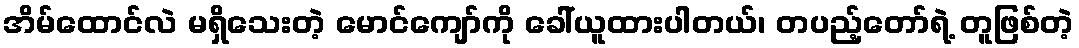
အိမ်ထောင်လဲ မရှိသေးတဲ့ မောင်ကျော်ကို ခေါ်ယူထားပါတယ်၊ တပည့်တော်ရဲ့ တူဖြစ်တဲ့